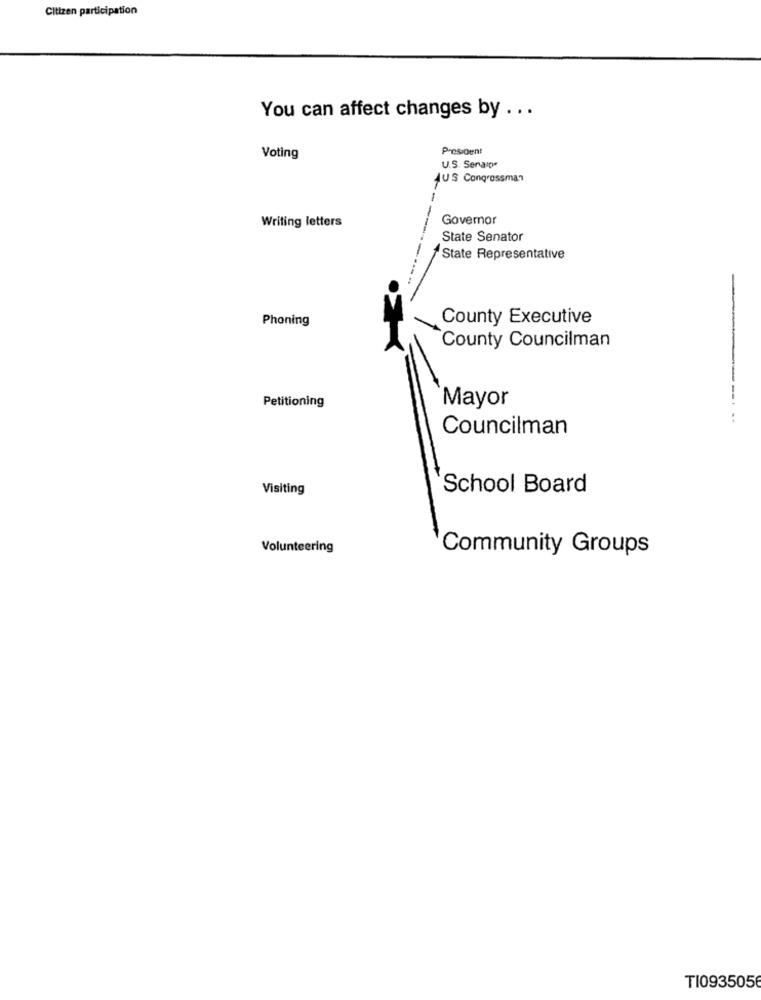
Citizen participation
You can affect changes by . . .
President
Voting
U.S. Seragu
AUS Congrossman
Writing letters
Governor
State Senator
State Representative
Phoning
County Executive
County Councilman
Mayor
Petitioning
Councilman
Visiting
School Board
Volunteering
Community Groups
TI0935056